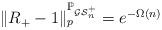
LaTeX: \begin{align*} \|R_+ - 1\|_p^{\mathbb{P}_{\mathcal{GS}_n^+}} = e^{-\Omega(n)}\end{align*}